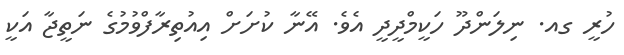
ހުރީ ގއ. ނިލަންދޫ ހަކީމްދީދީ އެވެ. އޭނާ ކުށަށް އިއުތިރާފްވުމުގެ ނަތީޖާ އަކީ